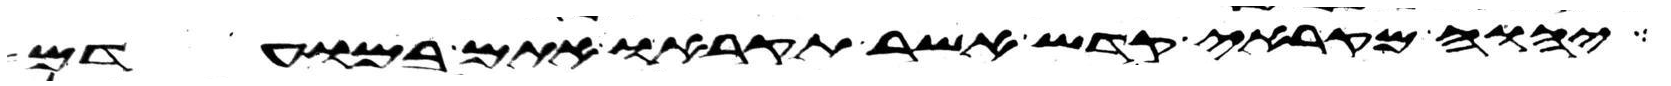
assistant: יהוה מקראי קדש אשר תקראו אתם במועדם